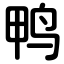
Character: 鸭